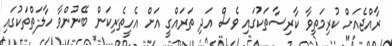
ރާއްޖެއަށް ކުރިމަތިވާ ކާރިސާތަކުގައި ވެސް އަދި ތަރައްގީ އަށް އެހީތެރިކަން ބޭނުންވާ ހާލަތްތަކުގައި